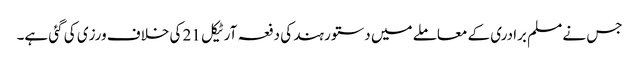
جس نے مسلم برادری کے معاملے میں دستور ہند کی دفعہ آرٹیکل 21 کی خلاف ورزی کی گئی ہے۔